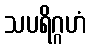
သပရိဂ္ဂဟံ